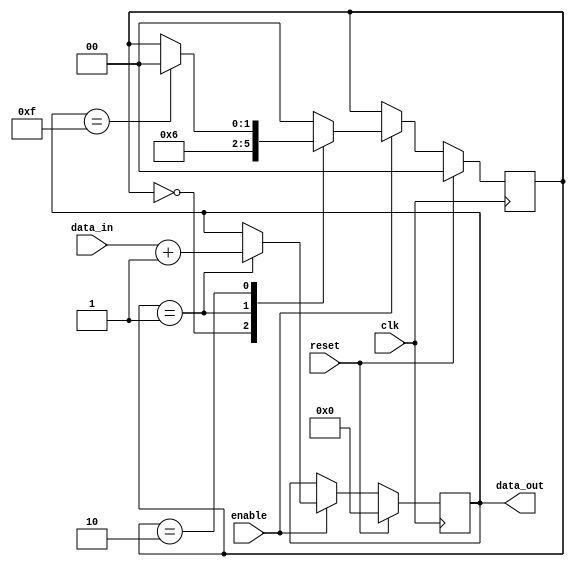
module edge_triggered_behavior (
    input wire clk,            // Clock signal
    input wire reset,          // Reset signal
    input wire enable,         // Enable signal for operation
    input wire [3:0] data_in,  // Input data
    output reg [3:0] data_out  // Output data
);

    // State register
    reg [1:0] state;           // Example state register

    // State encoding
    parameter IDLE = 2'b00,
              PROCESS = 2'b01,
              DONE = 2'b10;

    // Always block sensitive to the negative edge of clk
    always @(negedge clk) begin
        if (reset) begin
            // Reset behavior
            data_out <= 4'b0000;
            state <= IDLE;
        end else if (enable) begin
            // State machine behavior
            case (state)
                IDLE: begin
                    // Move to PROCESS state
                    state <= PROCESS;
                end
                PROCESS: begin
                    // Perform operations
                    data_out <= data_in + 4'b0001; // Example operation
                    // Move to DONE state
                    state <= DONE;
                end
                DONE: begin
                    // Stay in DONE state or reset
                    // Example logic to go back to IDLE
                    if (data_out == 4'b1111) // Example condition
                        state <= IDLE;
                end
                default: begin
                    state <= IDLE; // Default case to prevent latching
                end
            endcase
        end
    end

endmodule